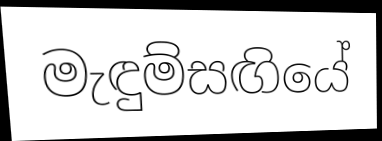
මැඳුම්සඟියේ